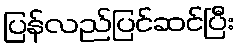
ပြန်လည်ပြင်ဆင်ပြီး